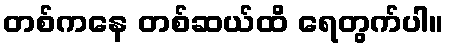
တစ်ကနေ တစ်ဆယ်ထိ ရေတွက်ပါ။